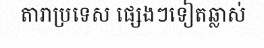
តារាប្រទេស ផ្សេងៗទៀតឆ្លាស់